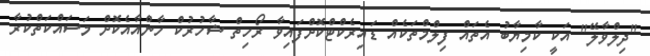
"ދިލްވާލޭ" އަކީ ކާމިޔާބު އެތައް ފިލްމްތަކެއް ޑައިރެކްޓްކޮށްފައިވާ ރޯހިތް ޝާހުރުކް ހާންއާއެކޮށް މަސައްކަތްކުރާ